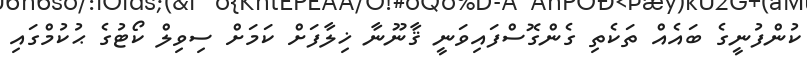
ކުންފުނީގެ ބައެއް ތަކެތި ގެންގޮސްފައިވަނީ ޤާނޫނާ ޚިލާފަށް ކަމަށް ސިވިލް ކޯޓުގެ ޙުކުމްގައި